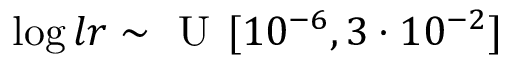
\log { l r } \sim \textsc { U } [ 1 0 ^ { - 6 } , 3 \cdot 1 0 ^ { - 2 } ]